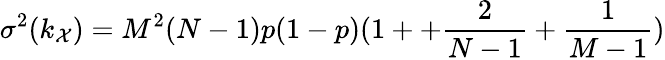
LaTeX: \sigma^{2}(k_{\mathcal{X}})=M^{2}(N-1)p(1-p)(1++\frac{2}{N-1}+\frac{1}{M-1})